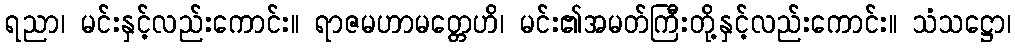
ရညာ၊ မင်းနှင့်လည်းကောင်း။ ရာဇမဟာမတ္တေဟိ၊ မင်း၏အမတ်ကြီးတို့နှင့်လည်းကောင်း။ သံသဋ္ဌော၊